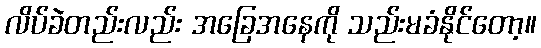
လိပ်ခဲတည်းလည်း အခြေအနေကို သည်းမခံနိုင်တော့။